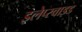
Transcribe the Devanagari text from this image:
इलेप्स्वाइड